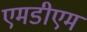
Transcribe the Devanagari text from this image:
एमडीएम